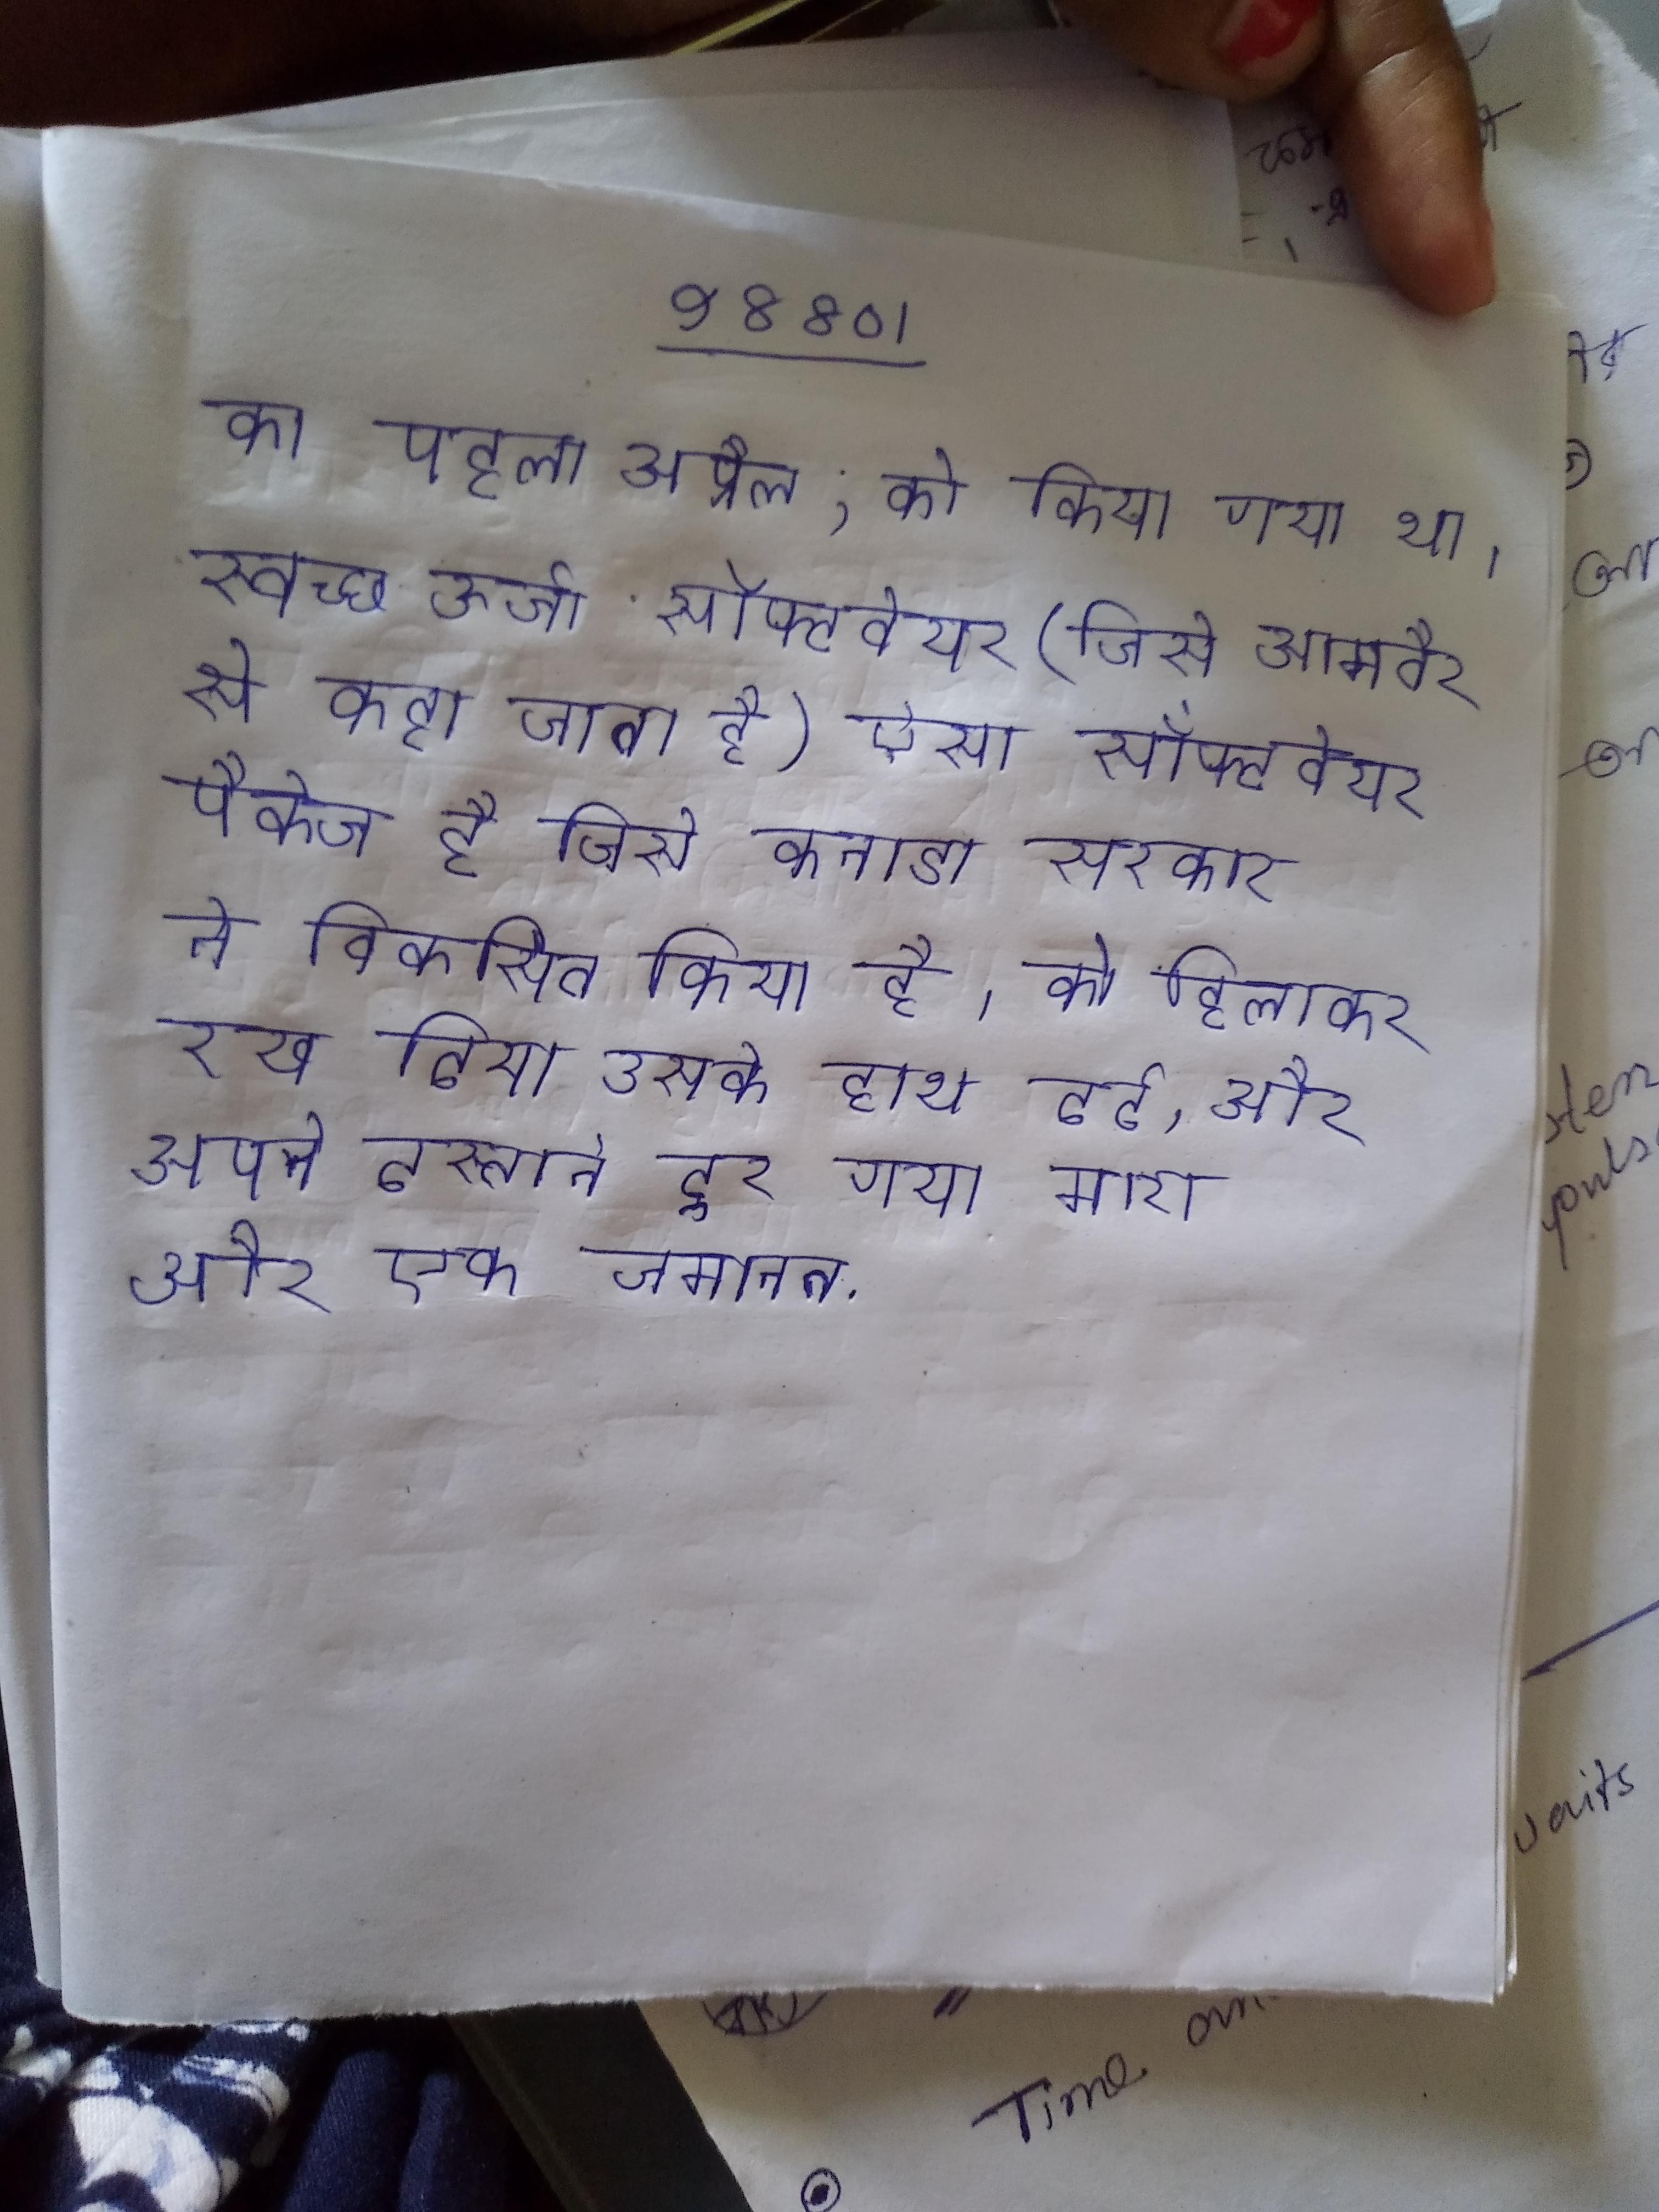
का पहला अप्रैल, को किया गया था । स्वच्छ ऊर्जा सॉफ्टवेयर (जिसे आमतौर से कहा जाता है) ऐसा सॉफ्टवेयर पैकेज है जिसे कनाडा सरकार ने विकसित किया है । को हिलाकर रख दिया उसके हाथ दर्द, और अपने दस्ताने दूर गया, मारा और एक जमानत .